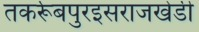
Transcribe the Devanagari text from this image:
तकर्रूबपुरइसराजखेडी